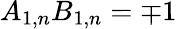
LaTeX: A_{1,n}B_{1,n}=\mp 1